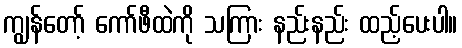
ကျွန်တော့် ကော်ဖီထဲကို သကြား နည်းနည်း ထည့်ပေးပါ။